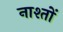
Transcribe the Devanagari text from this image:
नाश्तों